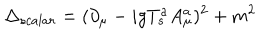
LaTeX: \Delta _ { s c a l a r } = ( \partial _ { \mu } - i g T _ { s } ^ { a } A _ { \mu } ^ { a } ) ^ { 2 } + m ^ { 2 }